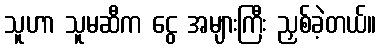
သူဟာ သူမဆီက ငွေ အများကြီး ညှစ်ခဲ့တယ်။